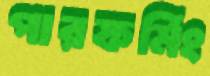
পারফর্মিং